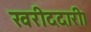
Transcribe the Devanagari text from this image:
खरीददारी।